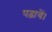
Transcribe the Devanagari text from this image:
पढ़ावें।